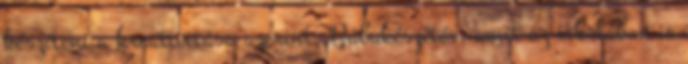
készíteni a kreativitása szerint. Bábukészítés, amit az iskolában is